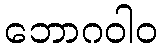
ဘောဂဝါဝ